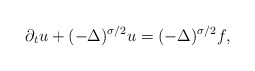
\begin{align*}\partial_tu+(-\Delta)^{\sigma/2} u=(-\Delta)^{\sigma/2} f,\end{align*}